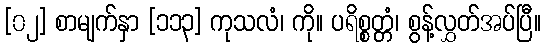
[၀၂] စာမျက်နှာ [၁၁၃] ကုသလံ၊ ကို။ ပရိစ္စတ္တံ၊ စွန့်လွှတ်အပ်ပြီ။